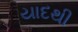
યાદથી